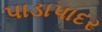
પાડાપાદર